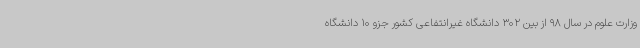
وزارت علوم در سال 98 از بین 302 دانشگاه غیرانتفاعی کشور جزو 10 دانشگاه